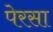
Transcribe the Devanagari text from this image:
पेरसा